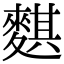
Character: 𪍀